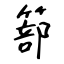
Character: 篰